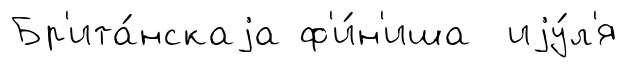
Бр'ита́нскаjа ф'и́н'иша иjу́л'я